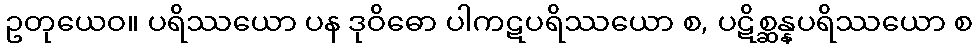
ဥတုယေဝ။ ပရိဿယော ပန ဒုဝိဓော ပါကဋပရိဿယော စ, ပဋိစ္ဆန္နပရိဿယော စ